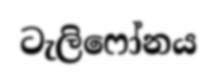
ටැලිෆෝනය